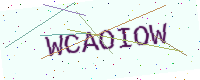
Text: WCAOIOW